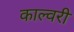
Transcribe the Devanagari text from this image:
काल्वरी